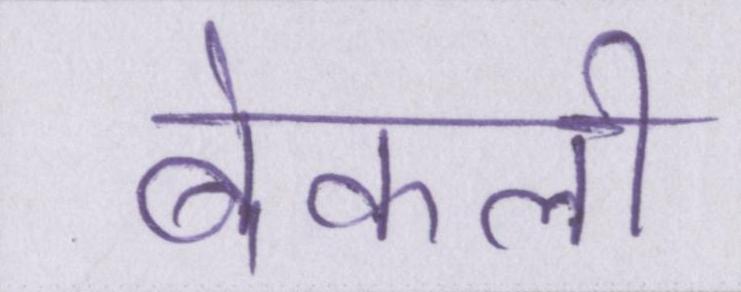
बेकली